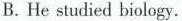
B. He studied biology.